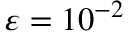
{ \varepsilon } = 1 0 ^ { - 2 }